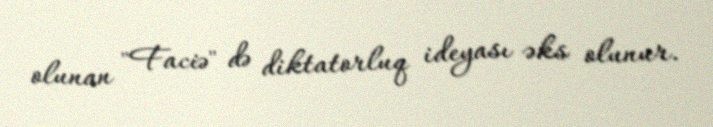
olunan "Faciə" də diktatorluq ideyası əks olunur.